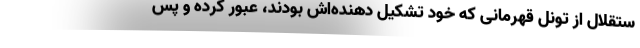
ستقلال از تونل قهرمانی که خود تشکیل دهنده‌اش بودند، عبور کرده و پس